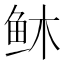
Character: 𫠏